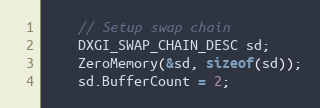
Language: C++
    // Setup swap chain
    DXGI_SWAP_CHAIN_DESC sd;
    ZeroMemory(&sd, sizeof(sd));
    sd.BufferCount = 2;